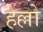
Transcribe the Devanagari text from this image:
हैल्लो